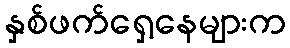
နှစ်ဖက်ရှေ့နေများက